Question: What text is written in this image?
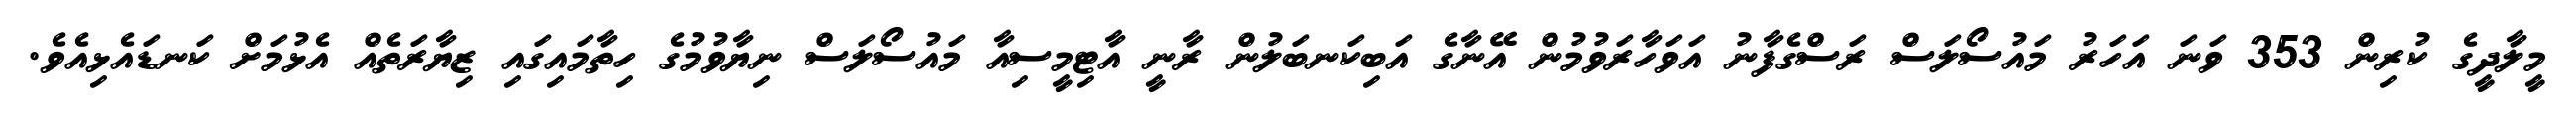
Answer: މީލާދީގެ ކުރިން 353 ވަނަ އަހަރު މައުސޯލަސް ރަސްގެފާނު އަވަހާރަވުމުން އޭނާގެ އަބިކަނބަލުން ރާނީ އާޓިމީސިއާ މައުސޯލަސް ނިޔާވުމުގެ ހިތާމައިގައި ޒިޔާރަތެއް އެޅުމަށް ކަނޑައެޅިއެވެ.